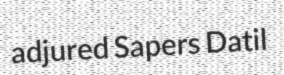
adjured Sapers Datil